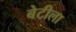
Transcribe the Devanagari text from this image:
बेटीला